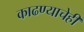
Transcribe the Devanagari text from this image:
काढण्याचेही